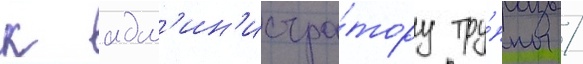
к адм'ин'истра́тору тру́ппы /